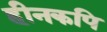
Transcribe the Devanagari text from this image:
हीनकपि